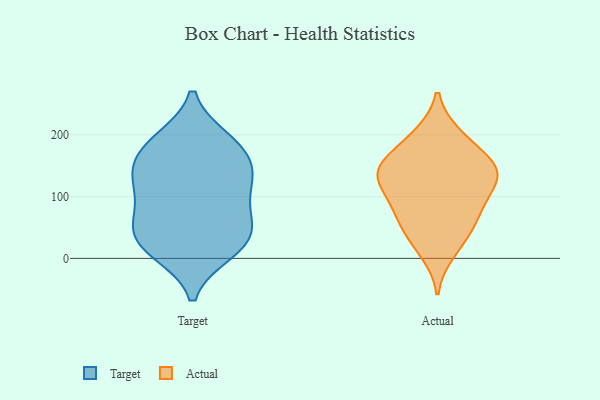
{"axis": {"x": "Headcount", "y": "Value"}, "legend": ["Actual", "Target"], "data": [{"x": "", "y": 64, "type": "Target"}, {"x": "", "y": 11, "type": "Target"}, {"x": "", "y": 186, "type": "Target"}, {"x": "", "y": 128, "type": "Target"}, {"x": "", "y": 21, "type": "Target"}, {"x": "", "y": 122, "type": "Target"}, {"x": "", "y": 30, "type": "Target"}, {"x": "", "y": 153, "type": "Target"}, {"x": "", "y": 182, "type": "Target"}, {"x": "", "y": 58, "type": "Target"}, {"x": "", "y": 112, "type": "Target"}, {"x": "", "y": 70, "type": "Target"}, {"x": "", "y": 22, "type": "Target"}, {"x": "", "y": 191, "type": "Target"}, {"x": "", "y": 143, "type": "Target"}, {"x": "", "y": 200, "type": "Actual"}, {"x": "", "y": 134, "type": "Actual"}, {"x": "", "y": 197, "type": "Actual"}, {"x": "", "y": 51, "type": "Actual"}, {"x": "", "y": 122, "type": "Actual"}, {"x": "", "y": 145, "type": "Actual"}, {"x": "", "y": 155, "type": "Actual"}, {"x": "", "y": 152, "type": "Actual"}, {"x": "", "y": 10, "type": "Actual"}, {"x": "", "y": 129, "type": "Actual"}, {"x": "", "y": 112, "type": "Actual"}, {"x": "", "y": 69, "type": "Actual"}, {"x": "", "y": 88, "type": "Actual"}, {"x": "", "y": 32, "type": "Actual"}, {"x": "", "y": 73, "type": "Actual"}, {"x": "", "y": 157, "type": "Actual"}]}